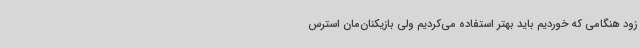
زود هنگامی که خوردیم باید بهتر استفاده می‌کردیم ولی بازیکنان‌مان استرس